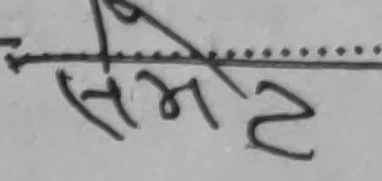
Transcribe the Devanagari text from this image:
समट